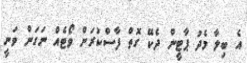
އެ ބިލާ މެދު ޕާޓީން ދެކޭ ގޮތް ފާސްކުރަން ވޯޓެއް ނަގަން ވަނީ